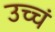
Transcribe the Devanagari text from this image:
उच्चं